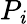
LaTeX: P_{\mathit{i}}